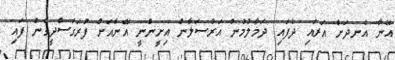
އޭނާ އެނދަށް އަރައި ދެފައި ދަމާލުމުން އަރްސަލާން އިށީންނީ އޭނާއަށް ފުރަގަސްދީގެން ފައި